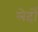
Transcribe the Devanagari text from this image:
लेर्दो